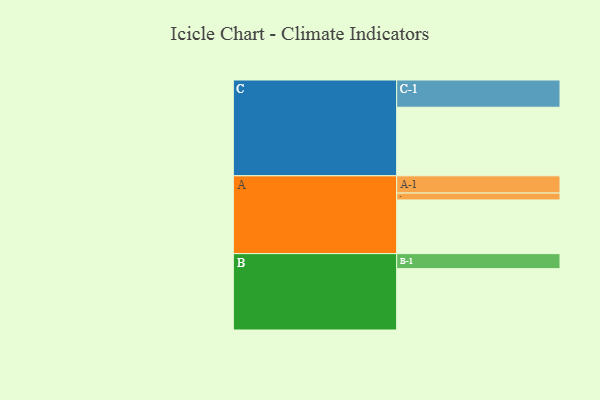
{"axis": {"x": "Segment", "y": "Value"}, "legend": ["", "A", "B", "C"], "data": [{"x": "A", "y": 414, "type": ""}, {"x": "B", "y": 473, "type": ""}, {"x": "C", "y": 529, "type": ""}, {"x": "A-1", "y": 133, "type": "A"}, {"x": "A-2", "y": 53, "type": "A"}, {"x": "B-1", "y": 116, "type": "B"}, {"x": "C-1", "y": 210, "type": "C"}]}